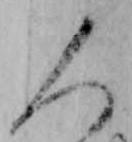
人